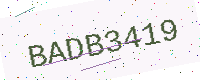
Text: BADB3419